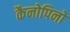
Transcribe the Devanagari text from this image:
कैनोपिनों